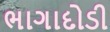
ભાગાદોડી